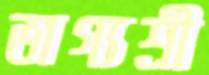
ভাগ্যশ্রী